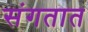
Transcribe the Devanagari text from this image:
संगतात